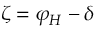
\zeta = \varphi _ { H } - \delta